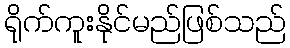
ရိုက်ကူးနိုင်မည်ဖြစ်သည်